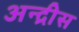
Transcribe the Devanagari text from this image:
अन्द्रीस